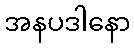
အနပဒါနော